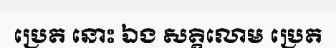
ប្រេត នោះ ឯង សត្តិលោម ប្រេត